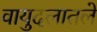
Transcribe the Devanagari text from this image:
वायुदलातले